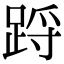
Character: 䟹